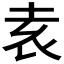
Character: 𡊮